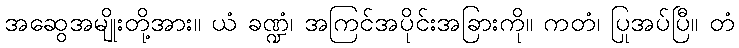
အဆွေအမျိုးတို့အား။ ယံ ခဏ္ဍံ၊ အကြင်အပိုင်းအခြားကို။ ကတံ၊ ပြုအပ်ပြီ။ တံ